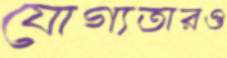
যোগ্যতারও